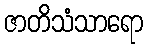
ဇာတိသံသာရော